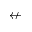
\nleftarrow